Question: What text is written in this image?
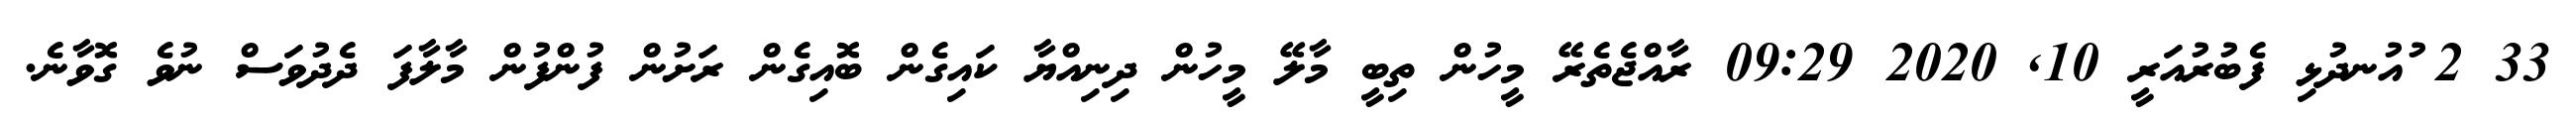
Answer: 33 2 ުއުނދުޅި ފެބުރުއަރީ 10, 2020 09:29 ރާއްޖެތެރޭ މީހުން ތިބީ މާލޭ މީހުން ދިނިއްޔާ ކައިގެން ބޮއިގެން ރަށުން ފުންފުން މާލާފަ ދެދުވަސް ނުވެ ގޮވާނެ.